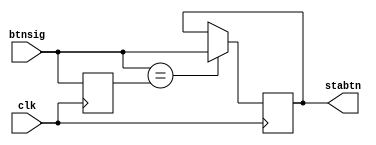
`timescale 1ns/1ps

module btnstablizer (
    clk, btnsig, stabtn
);
    input clk, btnsig;
    output reg stabtn;
    reg lastbtn;
    initial lastbtn = 0;
    always @(posedge clk) begin
        if(btnsig == lastbtn) stabtn = btnsig;
        lastbtn = btnsig;
    end

endmodule //